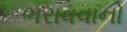
ભરાવવાનો